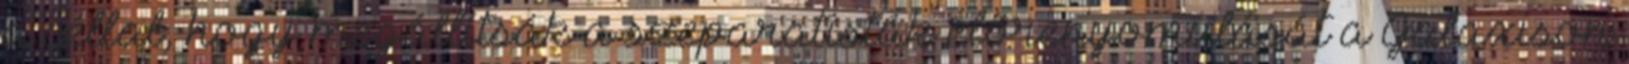
a céllal, hogy megállítsák a szeparatisták előrenyomulását a Galaxison